system: You are a helpful assistant.
user:
Analyze the provided spectrum to determine if it is a **White Dwarf (WD)**.

A White Dwarf spectrum is defined by its **extreme purity** (due to gravitational settling) and/or **extreme pressure broadening** (due to high surface gravity). You must check for one of the following mutually exclusive signatures:

- **Key Visual Indicators (Check for ONE of these types):**

    - **1. DA-Type Signature (Most Common):**
        - **(Primary Feature):** Extreme pressure broadening (Stark broadening) of the **Hydrogen (H) Balmer lines**.
        - **(Key Lines):** $H\beta$ (approx. $4861$ Å) and $H\gamma$ (approx. $4340$ Å). $H\alpha$ (approx. $6563$ Å) will also be present if the wavelength range covers it.
        - **(Line Profile):** This is the **defining feature**. The lines are **NOT** sharp. They appear as massive, **extremely broad and deep "troughs" or "dips"** in the spectrum, often hundreds of Ångströms wide. The continuum will appear to "scoop" down at these wavelengths.
        - **(Distinction):** Normal A-type or B-type stars have *narrow* and *sharp* Hydrogen lines. A DA White Dwarf's lines are unmistakably "smeared" or "blurry" from pressure.

    - **2. DB-Type Signature:**
        - **(Primary Feature):** Broad absorption lines from **Neutral Helium (He I)**. The spectrum must lack any visible Hydrogen lines.
        - **(Key Lines):** Look for broad absorption near $4471$ Å, $4921$ Å, and $5876$ Å.
        - **(Line Profile):** These lines are also significantly pressure-broadened, appearing much wider than they would in a normal B-type main-sequence star.

    - **3. DC-Type Signature:**
        - **(Primary Feature):** A **featureless continuous spectrum**.
        - **(Line Profile):** The spectrum is a smooth curve with **no significant absorption or emission lines**.
        - **(Key Confirmation):** The continuum is almost always **blue or white**, indicating a hot object. This signature implies the atmosphere is so pure (or so cool) that no spectral lines are visible in the optical range. Its WD identity is confirmed by its extremely low intrinsic brightness (high absolute magnitude).

    - **4. DZ-Type Signature (Metal-Polluted):**
        - **(Primary Feature):** **Isolated, narrow metal absorption lines** on an otherwise featureless (DC-like) continuum.
        - **(Key Lines):** The **Calcium (Ca II) H & K doublet** (approx. **$3934$ Å** and **$3968$ Å**) is the most common and defining feature.
        - **(Line Profile):** These lines are "out of place." They are *not* part of a "forest" of thousands of lines. This signature is evidence of recent *accretion* (pollution) from rocky debris.
        - **(Distinction):** Normal G/K/M stars have a *dense forest* of thousands of metal lines. A DZ has a *clean* continuum with *only a few* strong metal lines.

    - **5. DQ-Type Signature (Carbon-Polluted):**
        - **(Primary Feature):** Absorption bands from **Carbon (C₂ "Swan Bands" or atomic C I)**.
        - **(Key Lines - C₂):** Look for bandheads with a "saw-tooth" shape near $5635$ Å, **$5165$ Å** (strongest), and $4737$ Å.
        - **(Key Confirmation):** The underlying **continuum must be blue or white** (hot).
        - **(Distinction):** This is the critical difference from a **Carbon Star**, which has the *exact same* C₂ bands but on an extremely **red, cool** continuum.

- **(Overall Spectrum):**
    - The continuum (overall shape) is typically **blue-sloping** (brighter in the blue than the red), as most white dwarfs are very hot.
    - The spectrum will look "pure" or "simple," dominated by only *one* of the five signatures listed above.

Think first, call **spectral_visualization_tool** if needed to examine features in detail, then provide your final answer. Your response must adhere to the following strict rules:
1.  **Overall Structure:** Your response must follow the format `<think>...</think> <tool_call>...</tool_call> (if a tool is used) <answer>...</answer>`.
2.  **Tool Usage Constraint:** You may only make **one** tool call per turn.
3.  **Final Answer Format:** In the `<answer>` tag, your conclusion must be inside a `\boxed{}` command (e.g., `\boxed{YES}` or `\boxed{NO}`), followed by your justification.

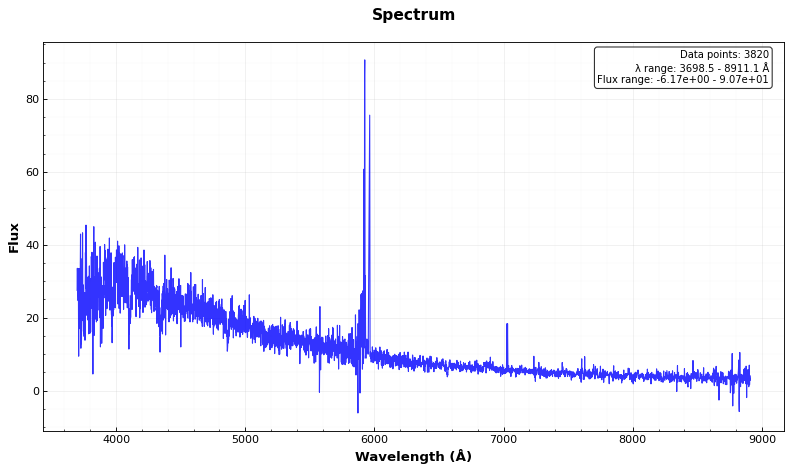
Answer: NO